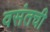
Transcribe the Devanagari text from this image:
वसंतची